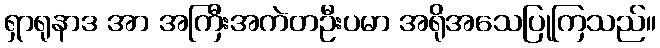
ရှာရုနာဒ အာ အကြီးအကဲတဦးပမာ အရိုအသေပြုကြသည်။